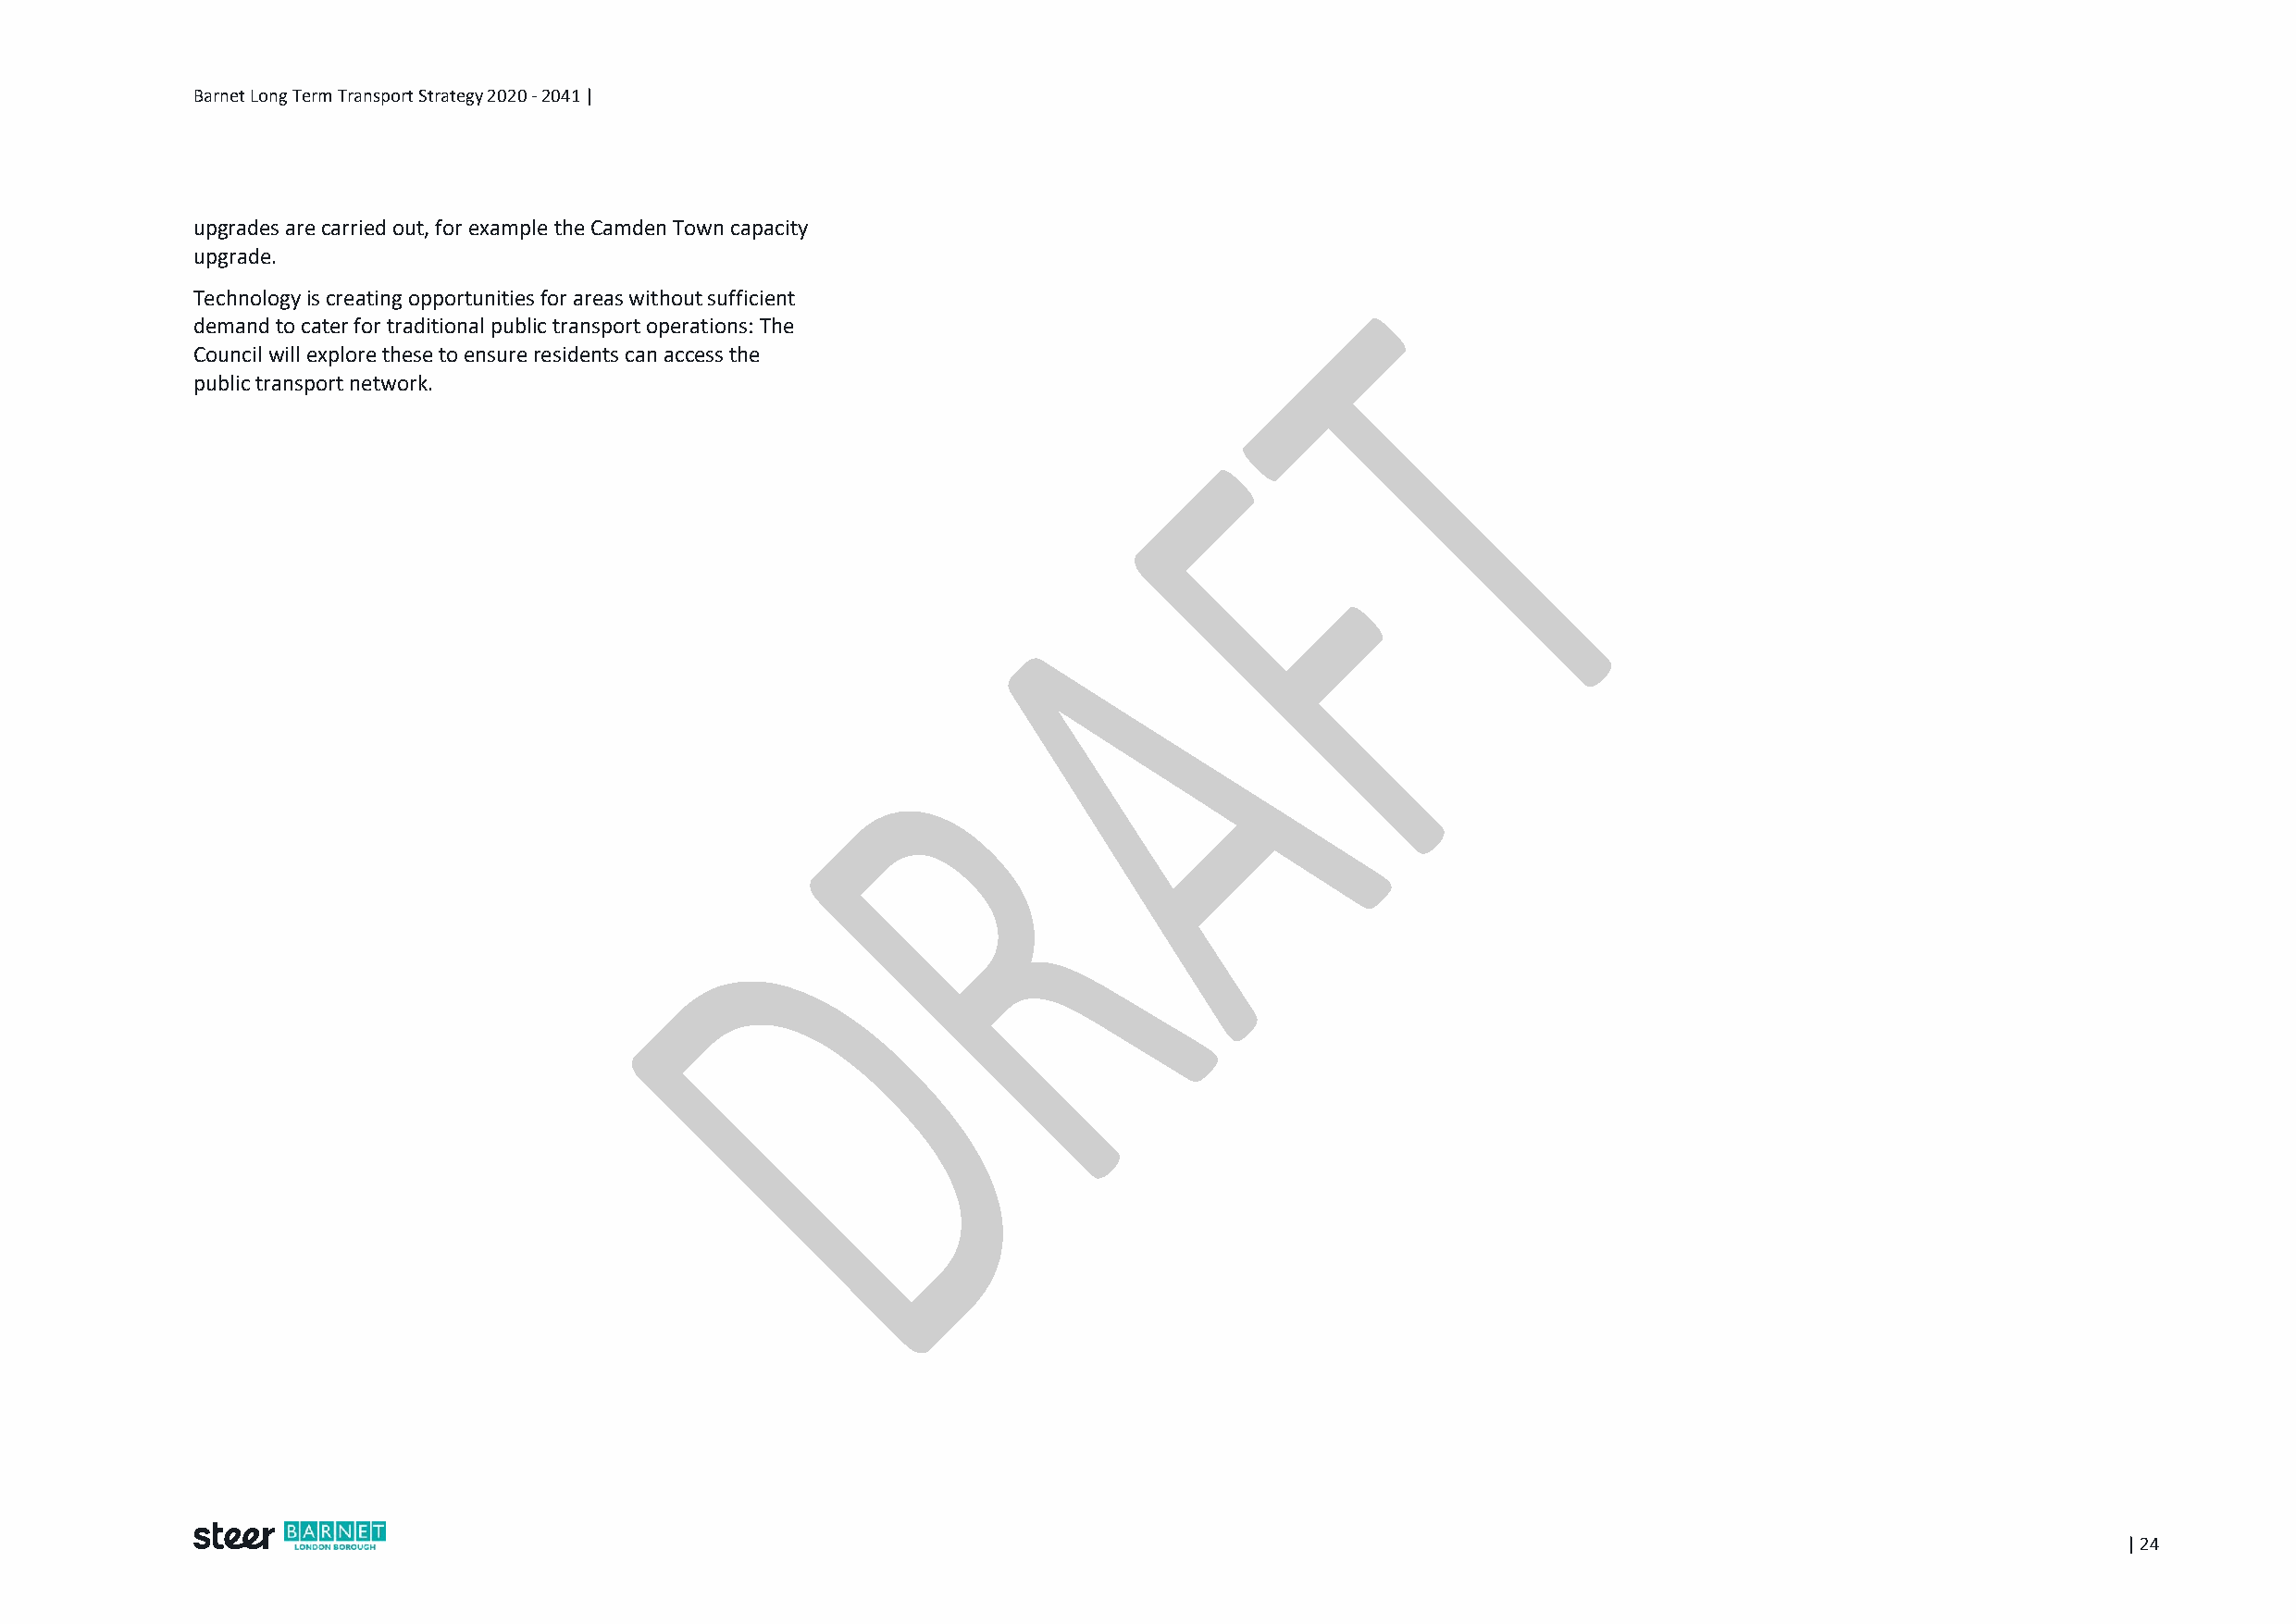
Barnet Long Term Transport Strategy 2020 - 2041 |
 upgrades are carried out, for example the Camden Town capacity
 upgrade.
 Technology is creating opportunities for areas without sufficient
 demand to cater for traditional public transport operations: The
 Council will explore these to ensure residents can access the
 public transport network.
 | 24